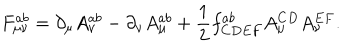
F _ { \mu \nu } ^ { a b } = \partial _ { \mu } A _ { \nu } ^ { a b } - \partial _ { \nu } A _ { \mu } ^ { a b } + \frac { 1 } { 2 } f _ { C D E F } ^ { a b } A _ { \mu } ^ { C D } A _ { \nu } ^ { E F } .